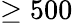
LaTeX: \geq 500